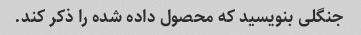
جنگلی بنویسید که محصول داده شده را ذکر کند.